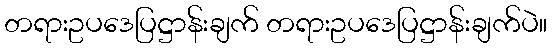
တရားဥပဒေပြဋ္ဌာန်းချက် တရားဥပဒေပြဋ္ဌာန်းချက်ပဲ။